Seli_vallavalitsus_Parnumaal, lk 7
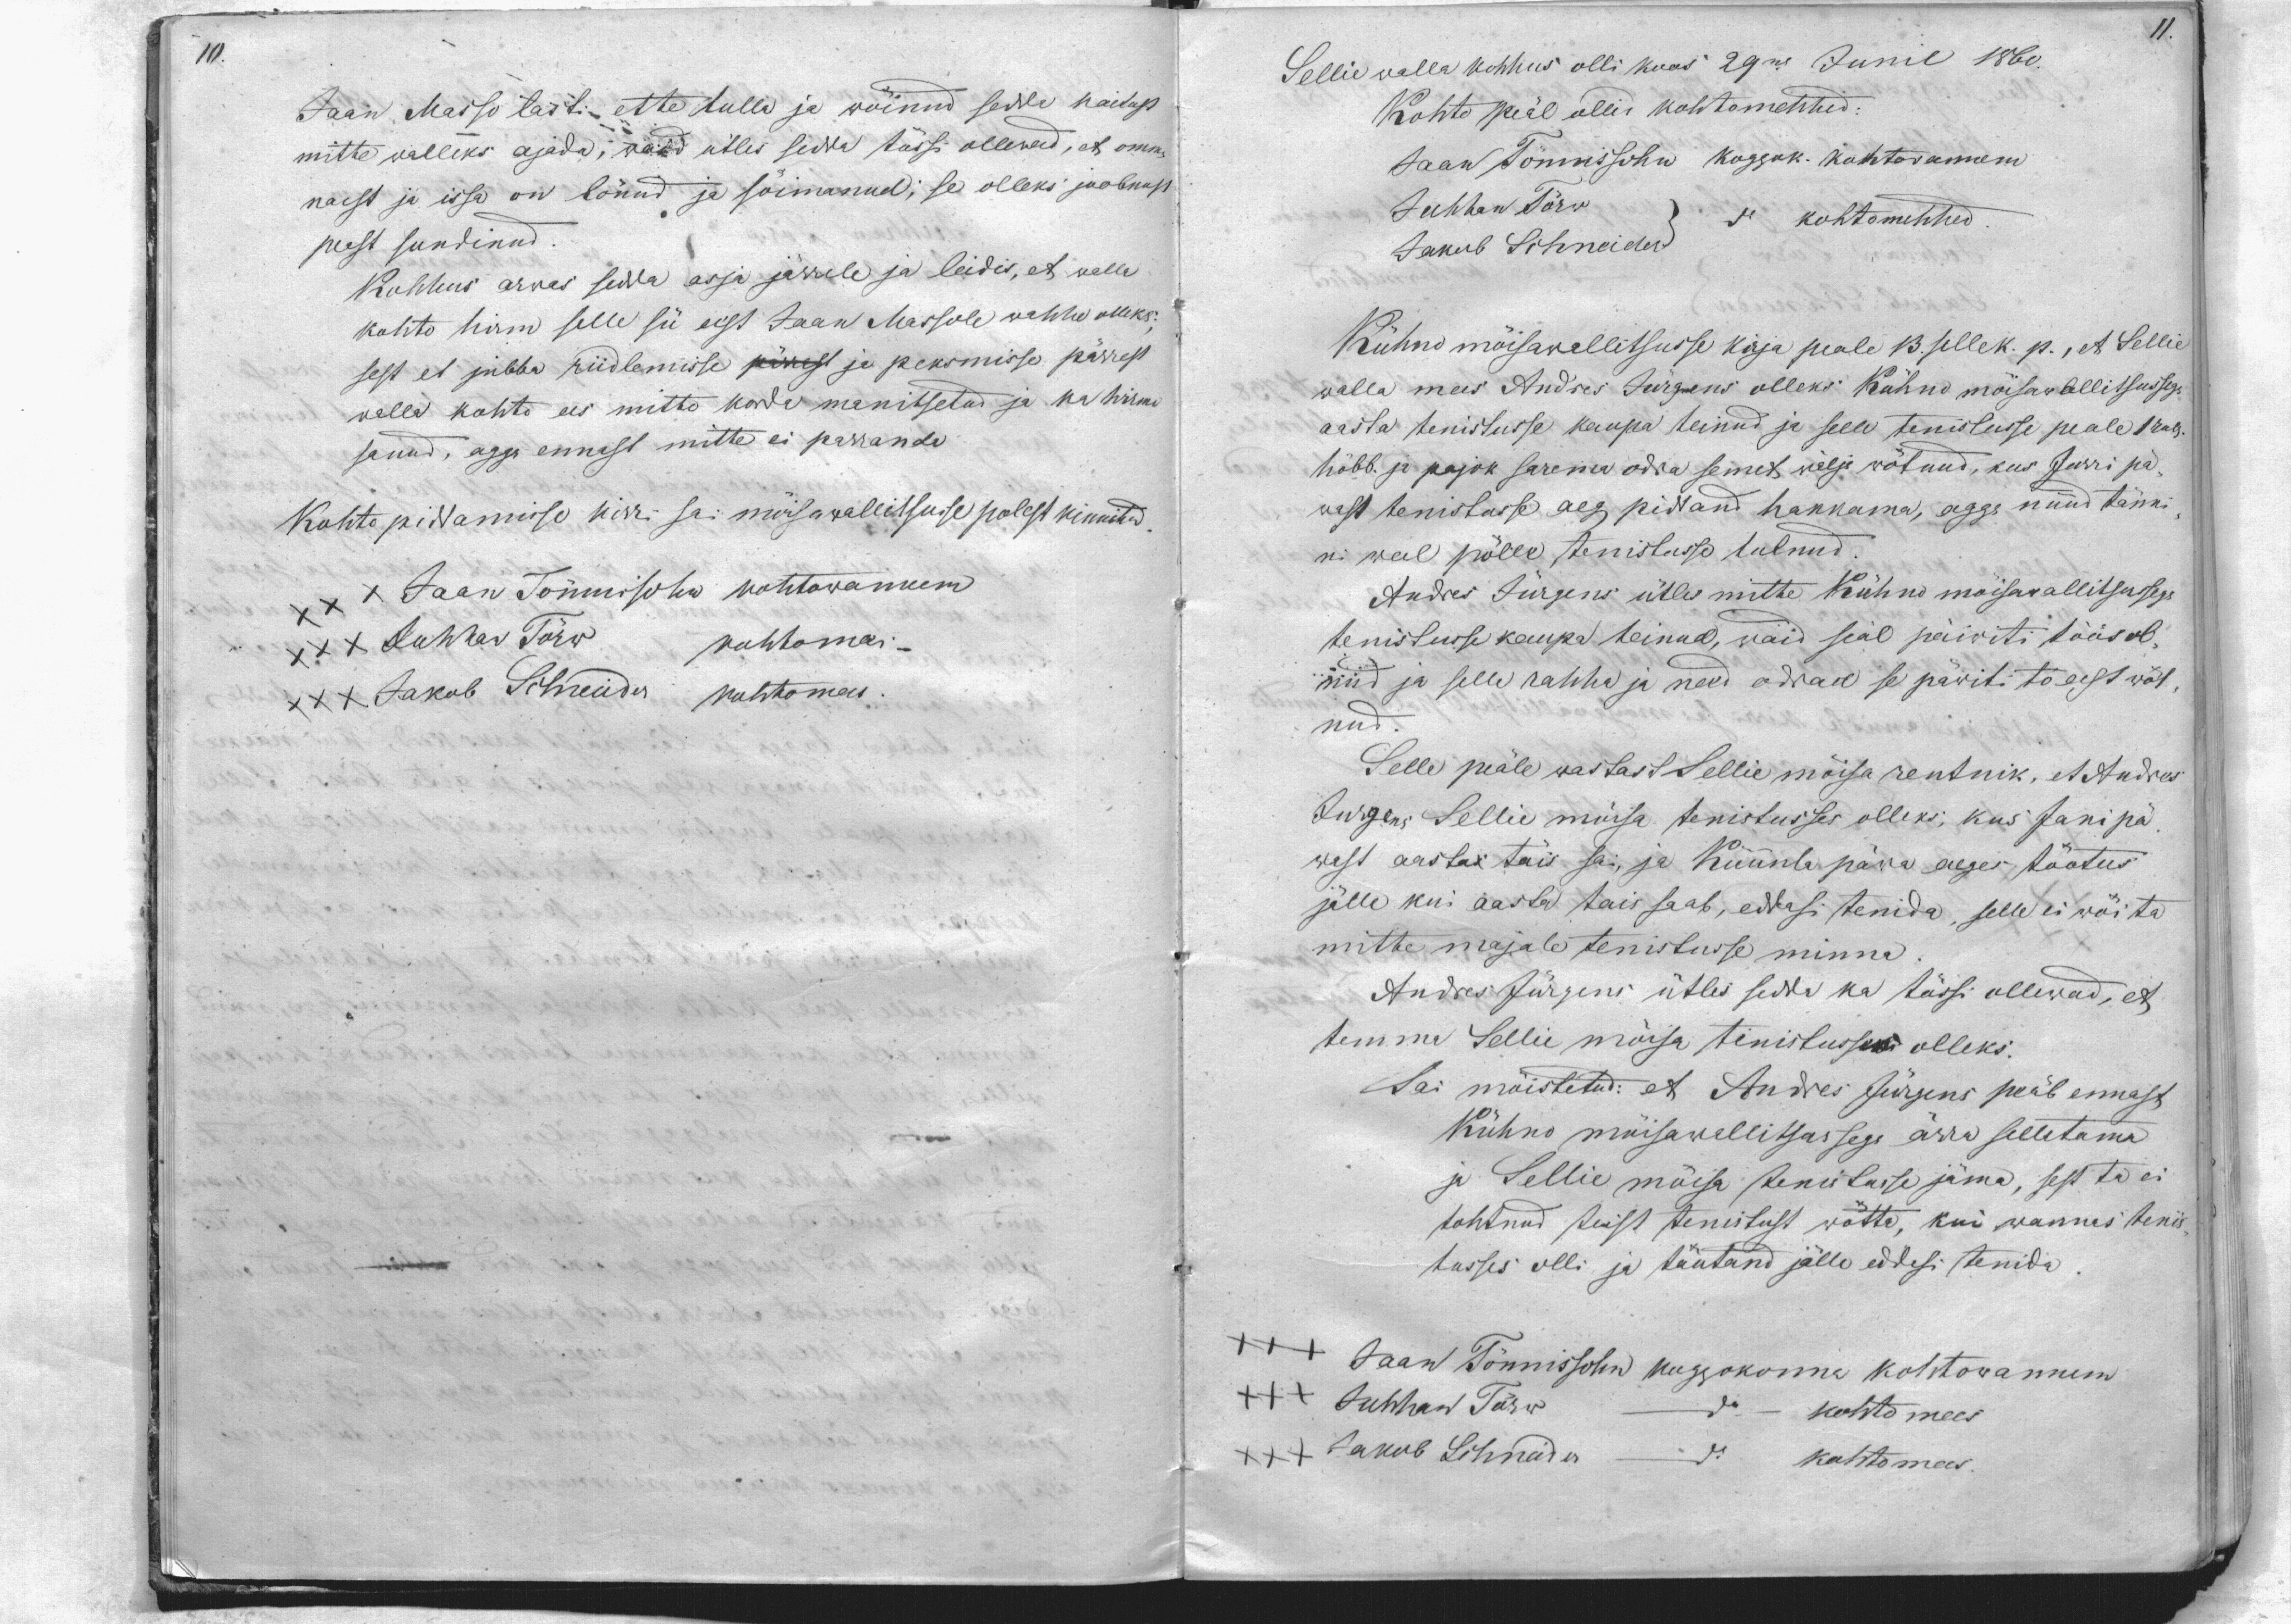
10.

Jaan Masso lasti - ette tulla ja wöinud sedda naitust
mitte walleks ajada, waid ütles sedda tössi ollewad, et omma
naest ja issa on lönud ja sõimanud; se olleks joobnust
peast sundinud
Kohhus arvas sedda asja järrele ja leidis, et selle
kohto hirm selle sü eest Jaan Massole wahhe olleks,
sest et jubba riidlemisse pärrast ja peksmisse pärrast
walla kohto ees mitto korda manitsetud ja ka hirmo
sanud, agga ennast mitte ei parranda.
Kohto piddamisse kirri sai möisa wallitsusse polest kinnitud.
xxx Jaan Tõnnisohn kohtowannem
xxx Juhhan Törw kohtomees
xxx Jakob Schneider kohtomees.

11.

Sellie walla kohhus olli koos 29mal Junil 1860.
Kohto peäl ollid kohtomehhed
Jaan Tönnissohn koggok. kohtowannem
Juhhan Törw
do kohtomehhed
Jakob Schneider
Kühno möisawallitsusse kirja peale 13 sellek. p., et Sellie
walla mees Andres Jürgens olleks Kühno möisawallitsussega
aasta tenistusse kaupa teinud ja selle tenistusse peale 1 rub.
höbb. ja pajok sarema odra semet wälja wõtnud, kus Jürri pä-
wast tenistusse aeg piddand hakkama, agga nüüd tänni-
ni weel pölle tenistusse tulnud.
Andres Jürgens ütles mitte Kühno möisawallitsussega
tenistusse kaupa teinud, waid seal päiwiti töös ol-
nud ja selle rahha ja need odrad se päwiti tö eest wöt-
nud.
Selle peäle wastast Sellie möisa rentnik, et Andres
Jürgen, Sellie möisa tenistusses olleks, kus Jani pä-
wast aastas täis sai, ja Küünla päwa aeges töötus
jälle kui aasta tais saab, eddasi tenida, selle ei wöi ta
mitte majale tenistusse minna
Andres Jürgens ütles sedda ka tössi ollewad, et
temma Sellie möisa tenistusses olleks.
Sai möistetud: et Andres Jürjens peäb ennast
Kühno möisawallitsussega ärra selletama
ja Sellie möisa tenistusse jäma, sest ta ei
tahtnud teist tenistust wötta, kui wannas tenis-
tusses olli ja töutand jälle eddesi tenida
Jaan Tönnissohn koggokonna kohtowannem
XX Juhhan Törw
do - kohto mees
XXX Jakob Schneider
do kohtomees.